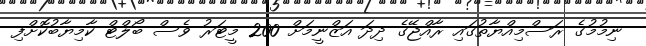
ނިމުމުގެ ރަސްމިއްޔާތުގައި ރާއްޖޭގެ ދިދަ އަޒްނީމަށް 200 މީޓަރު ވެސް ބޯލްޓް ކާމިޔާބުކޮށްފި